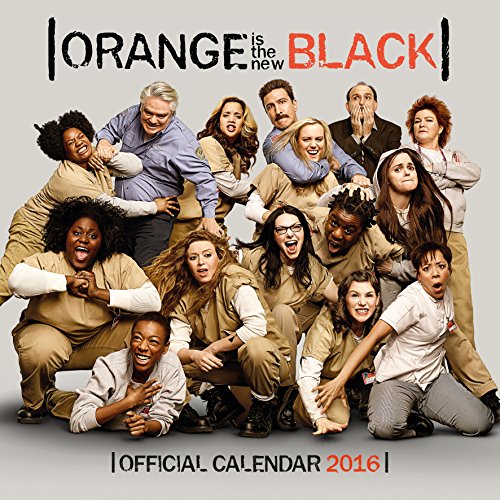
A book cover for The Official Orange is the New Black 2016 Square Calendar; Calendars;